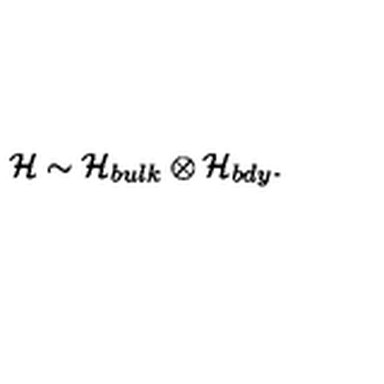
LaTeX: { \cal H } \sim { \cal H } _ { b u l k } \otimes { \cal H } _ { b d y } .